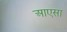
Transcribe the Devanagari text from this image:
आएसा